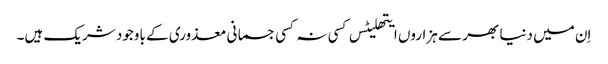
اِن میں دنیا بھر سے ہزاروں ایتھلیٹس کسی نہ کسی جسمانی معذوری کے باوجود شریک ہیں۔